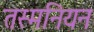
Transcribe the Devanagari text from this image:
तस्मनियन